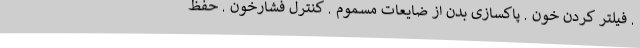
. فیلتر کردن خون . پاکسازی بدن از ضایعات مسموم . کنترل فشارخون . حفظ